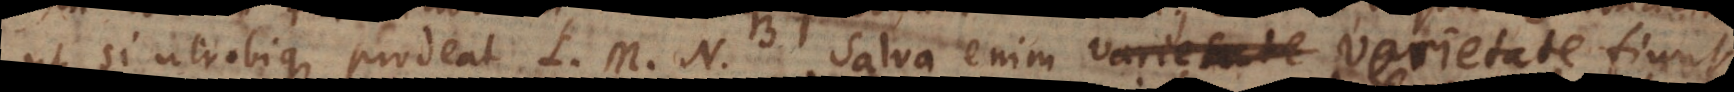
ut si utrobique prodeat L, M, N. Salva enim veritate fiunt